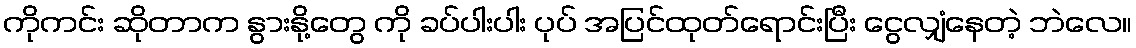
ကိုကင်း ဆိုတာက နွားနို့တွေ ကို ခပ်ပါးပါး ပုပ် အပြင်ထုတ်ရောင်းပြီး ငွေလျှံနေတဲ့ ဘဲလေ။